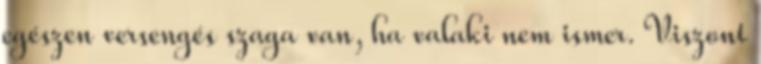
egészen versengés szaga van, ha valaki nem ismer. Viszont